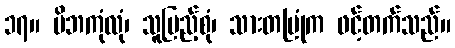
၁၇။ မိဘကုံလုံ၊ သူပြည့်စုံ၊ သားတမြုံက ဖင့်တက်သည်။